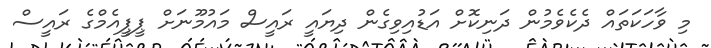
މި ވާހަކަތައް ދެކެވެމުން ދަނިކޮށް އަޑުއިވިގެން ދިޔައީ ރައީސް މައުމޫނަށް ޕީޕީއެމްގެ ރައީސް